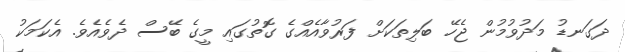
ދަގަނޑު މަދުވުމުން ޖެހޭ ބަލިތަކަށް ފަރުވާއެއްގެ ގޮތުގައި މީގެ ބޭސް ދެވެއެވެ. އެކަމަކު